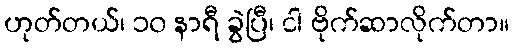
ဟုတ်တယ်၊ ၁၀ နာရီ ခွဲပြီ၊ ငါ ဗိုက်ဆာလိုက်တာ။